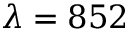
\lambda = 8 5 2